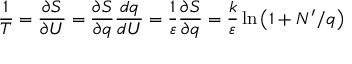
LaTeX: { \frac { 1 } { T } } = { \frac { \partial S } { \partial U } } = { \frac { \partial S } { \partial q } } { \frac { d q } { d U } } = { \frac { 1 } { \varepsilon } } { \frac { \partial S } { \partial q } } = { \frac { k } { \varepsilon } } \ln \left( 1 + N ^ { \prime } / q \right)